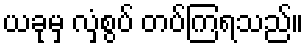
ယခုမှ လှံစွပ် တပ်ကြရသည်။